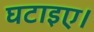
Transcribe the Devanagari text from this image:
घटाइए।